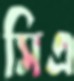
সিএ